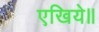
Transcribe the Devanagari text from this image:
एखिये॥